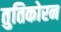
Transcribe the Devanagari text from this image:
तुतिकोरन